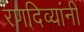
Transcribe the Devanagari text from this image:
रणदिव्यांनी